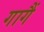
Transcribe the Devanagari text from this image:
गागैं